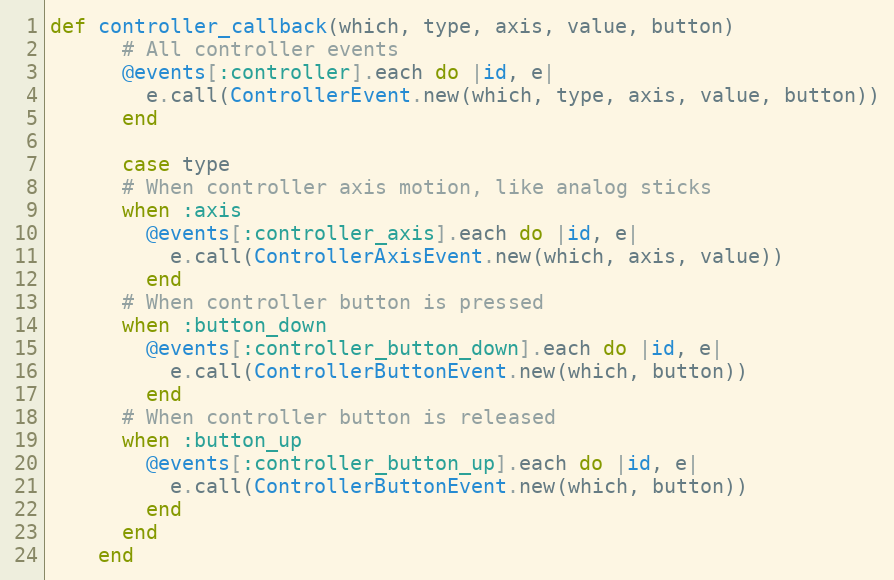
Language: Ruby
def controller_callback(which, type, axis, value, button)
      # All controller events
      @events[:controller].each do |id, e|
        e.call(ControllerEvent.new(which, type, axis, value, button))
      end

      case type
      # When controller axis motion, like analog sticks
      when :axis
        @events[:controller_axis].each do |id, e|
          e.call(ControllerAxisEvent.new(which, axis, value))
        end
      # When controller button is pressed
      when :button_down
        @events[:controller_button_down].each do |id, e|
          e.call(ControllerButtonEvent.new(which, button))
        end
      # When controller button is released
      when :button_up
        @events[:controller_button_up].each do |id, e|
          e.call(ControllerButtonEvent.new(which, button))
        end
      end
    end